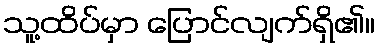
သူ့ထိပ်မှာ ပြောင်လျက်ရှိ၏။